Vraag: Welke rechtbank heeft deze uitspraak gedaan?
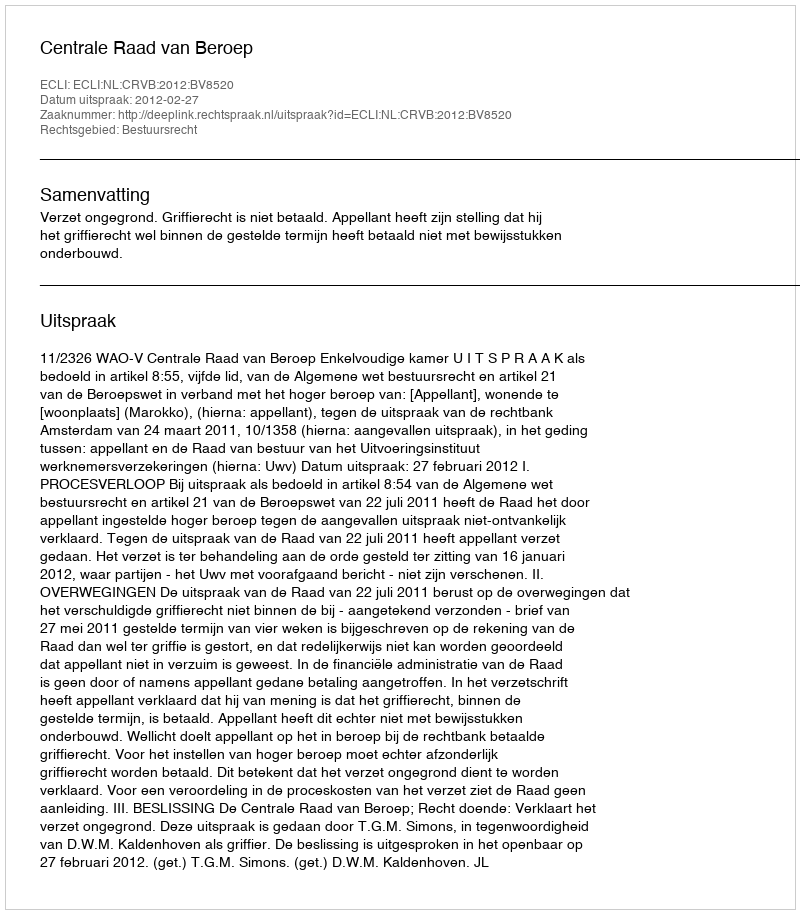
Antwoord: Centrale Raad van Beroep